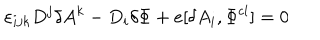
\varepsilon _ { i j k } D ^ { j } \delta A ^ { k } - D _ { i } \delta \Phi + e [ \delta A _ { i } , \Phi ^ { \mathrm { c l } } ] = 0